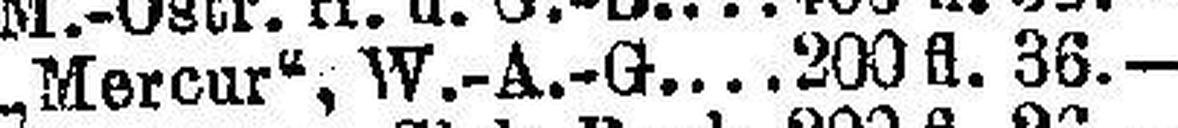
„Mercur“, W.-A.-G. 200 fl. 36.—